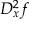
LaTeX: D _ { x } ^ { 2 } f